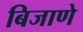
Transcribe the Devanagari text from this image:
बिजाणे